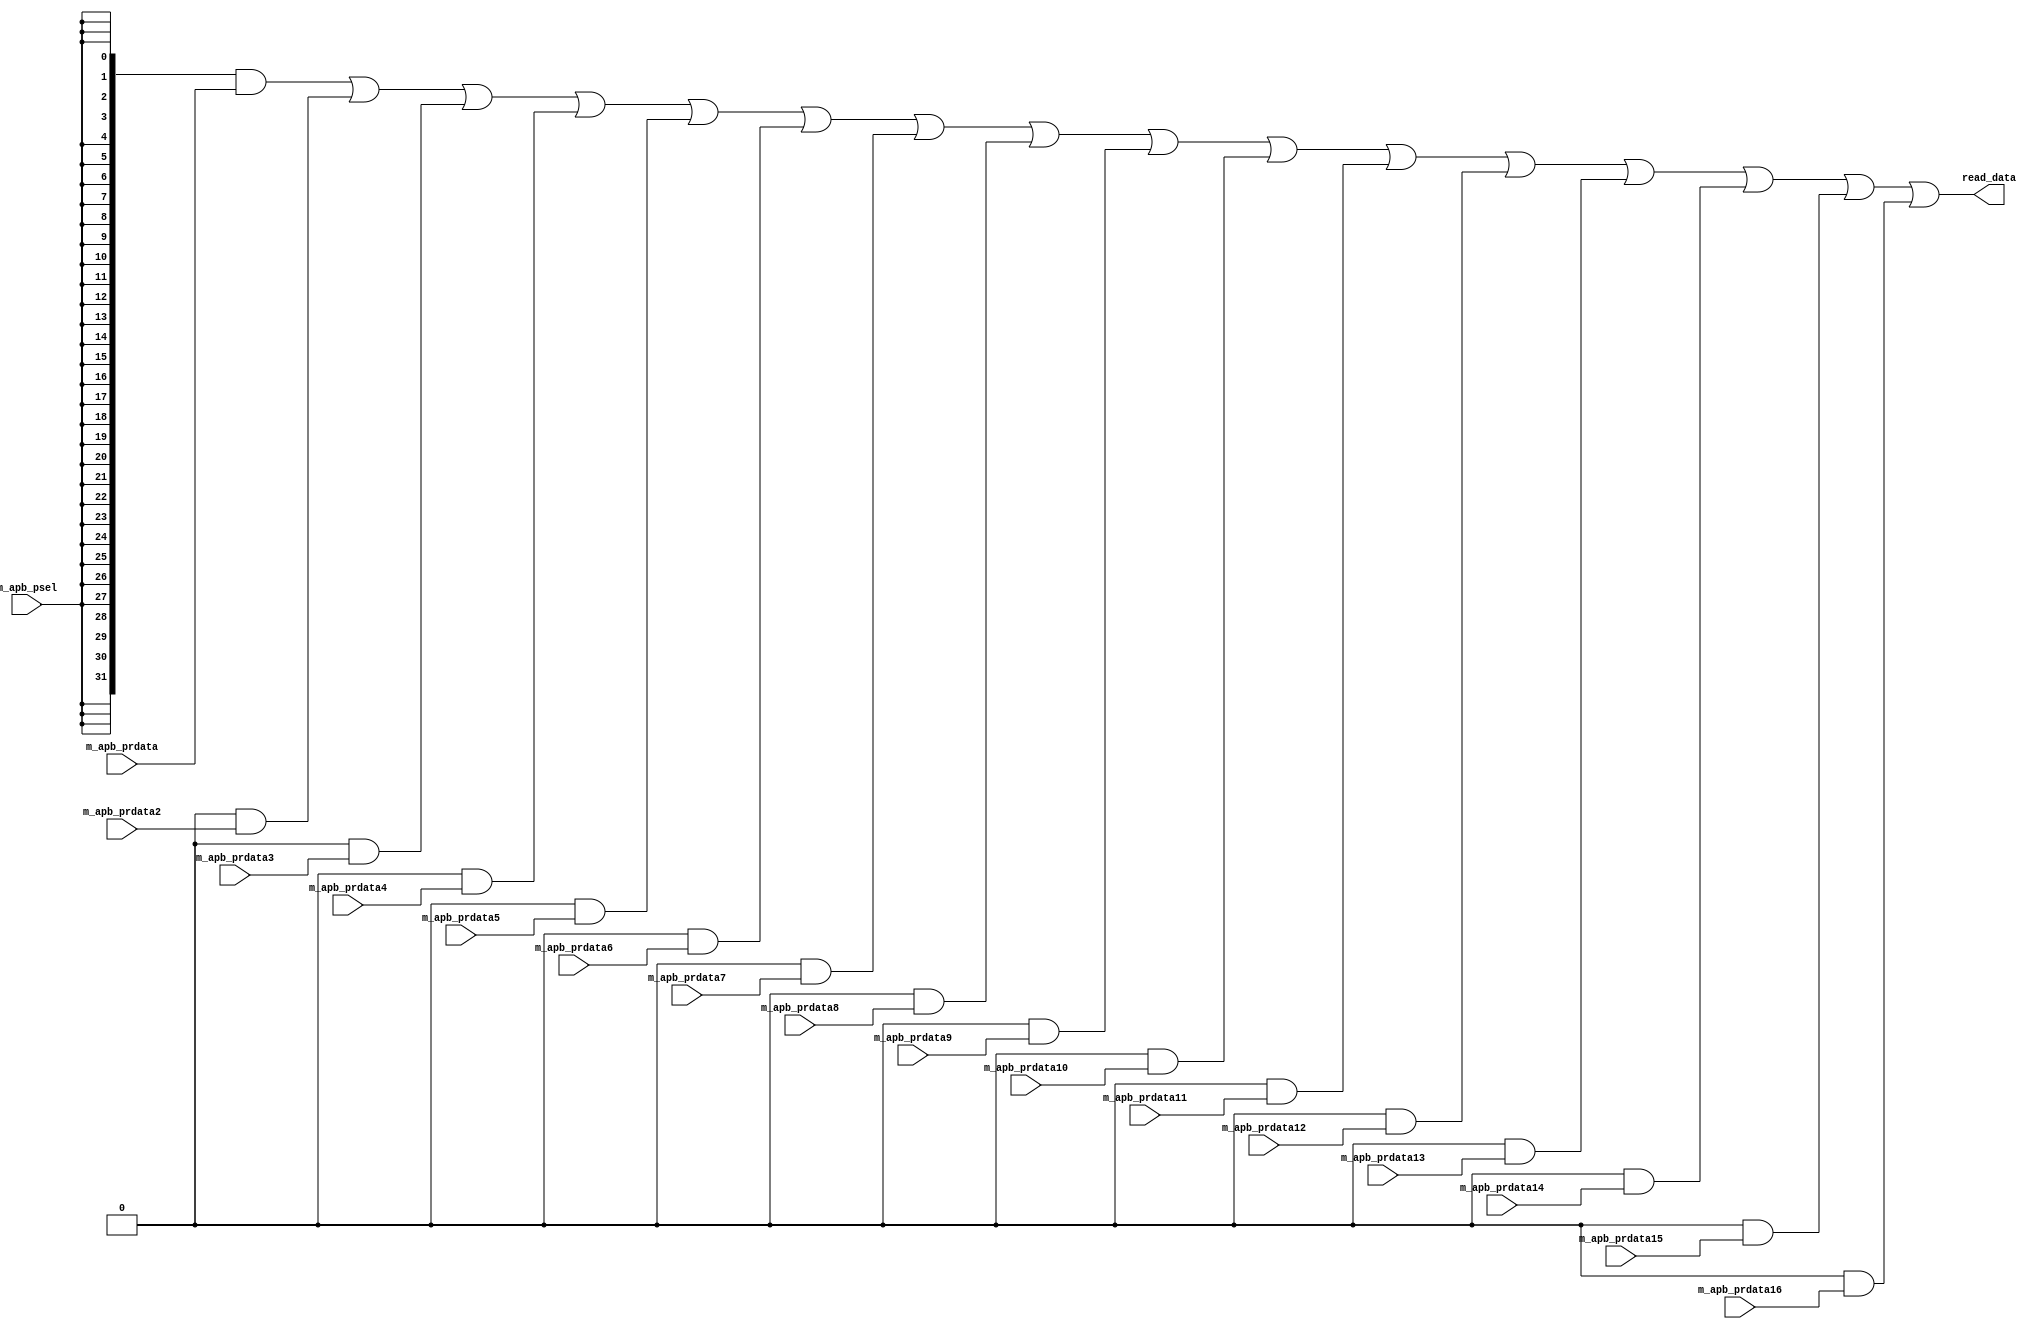
module read_data_mux
	#(parameter c_apb_num_slaves = 1
	)
	(
	input [c_apb_num_slaves-1:0]	m_apb_psel,
	input [31:0]			m_apb_prdata,
	input [31:0]			m_apb_prdata2,
	input [31:0]			m_apb_prdata3,
	input [31:0]			m_apb_prdata4,
	input [31:0]			m_apb_prdata5,
	input [31:0]			m_apb_prdata6,
	input [31:0]			m_apb_prdata7,
	input [31:0]			m_apb_prdata8,
	input [31:0]			m_apb_prdata9,
	input [31:0]			m_apb_prdata10,
	input [31:0]			m_apb_prdata11,
	input [31:0]			m_apb_prdata12,
	input [31:0]			m_apb_prdata13,
	input [31:0]			m_apb_prdata14,
	input [31:0]			m_apb_prdata15,
	input [31:0]			m_apb_prdata16,               
	output[31:0] 	read_data
	);


assign read_data	 = {32{(m_apb_psel == 16'h0001)}} & m_apb_prdata  |
                          {32{(m_apb_psel == 16'h0002)}} & m_apb_prdata2  |
                          {32{(m_apb_psel == 16'h0004)}} & m_apb_prdata3  |
                          {32{(m_apb_psel == 16'h0008)}} & m_apb_prdata4  |
                          {32{(m_apb_psel == 16'h0010)}} & m_apb_prdata5  |
                          {32{(m_apb_psel == 16'h0020)}} & m_apb_prdata6  |
                          {32{(m_apb_psel == 16'h0040)}} & m_apb_prdata7  |
                          {32{(m_apb_psel == 16'h0080)}} & m_apb_prdata8  |
                          {32{(m_apb_psel == 16'h0100)}} & m_apb_prdata9  |
                          {32{(m_apb_psel == 16'h0200)}} & m_apb_prdata10 |
                          {32{(m_apb_psel == 16'h0400)}} & m_apb_prdata11 |
                          {32{(m_apb_psel == 16'h0800)}} & m_apb_prdata12 |
                          {32{(m_apb_psel == 16'h1000)}} & m_apb_prdata13 |
                          {32{(m_apb_psel == 16'h2000)}} & m_apb_prdata14 |
                          {32{(m_apb_psel == 16'h4000)}} & m_apb_prdata15 |
                          {32{(m_apb_psel == 16'h8000)}} & m_apb_prdata16;



endmodule